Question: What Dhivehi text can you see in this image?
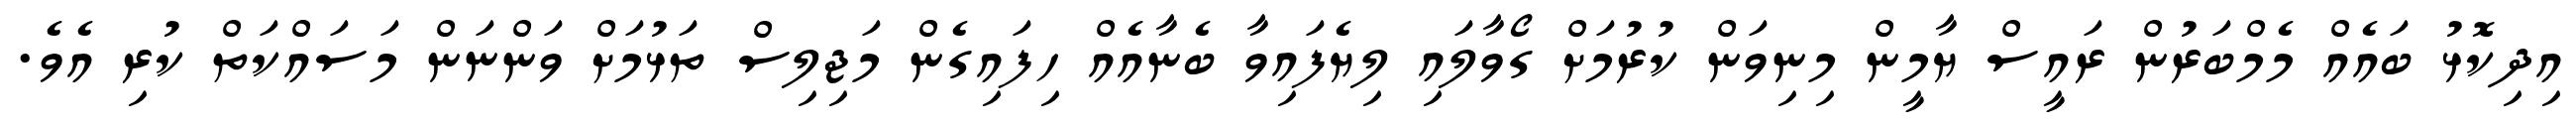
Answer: އިދިކޮޅު ބައެއް މެމްބަރުން ރައީސް ޔާމީން މިނިވަން ކުރުމަށް ގޯވާލައި ލިޔެފައިވާ ބެނާއެއް ހިފައިގެން މަޖިލިސް ތަޅުމަށް ވަންނަން މަސައްކަތް ކުރި އެވެ.